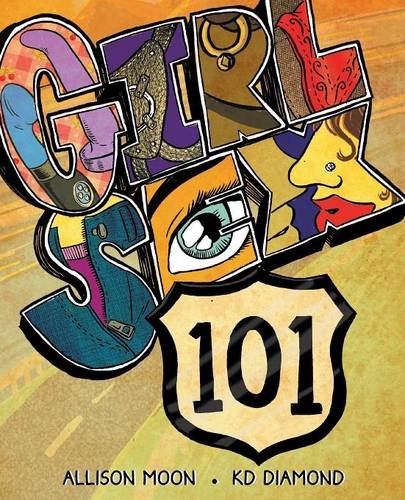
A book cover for Girl Sex 101; Allison Moon; Comics & Graphic Novels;